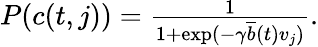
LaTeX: \begin{array}{r}{P(c(t,j))=\frac{1}{1+\exp(-\gamma\overline{{b}}(t)v_{j})}.}\end{array}